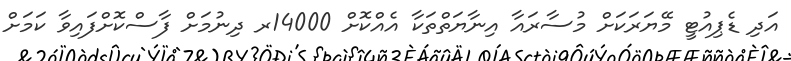
އަދި ޑެޕިއުޓީ މޭޔަރަކަށް މުސާރައާ އިނާޔަތްތަކާ އެއްކޮށް 14000ރ ދިނުމަށް ފާސްކޮށްފައިވާ ކަމަށް